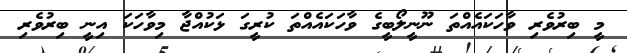
މީ ބިރުވެރި ވާހަކައެއްތަ ނޫނީލޯބީގެ ވާހަކައެއްތަ ކުރީގަ ޅަކުއްޖާ މިވާހަކަ އިނީ ބިރުވެރި